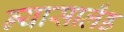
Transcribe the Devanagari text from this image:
न्यासालँड